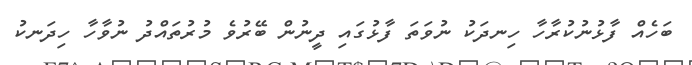
ބަހެއް ފާޅުނުކުރާހާ ހިނދަކު ނުވަތަ ފާޅުގައި ދީނުން ބޭރުވެ މުރުތައްދު ނުވާހާ ހިދަނކު